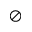
\oslash